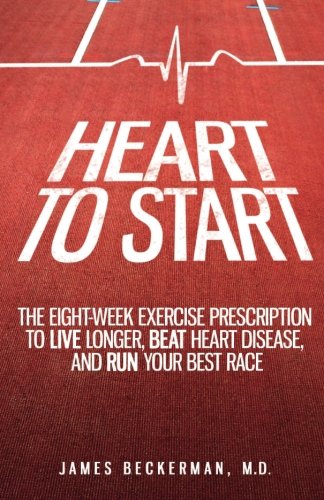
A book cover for Heart to Start: The Eight-Week Exercise Prescription to Live Longer, Beat Heart Disease, and Run Your Best Race; James Beckerman M.D.; Health, Fitness & Dieting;